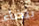
بيضاء